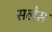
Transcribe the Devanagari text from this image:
सलेस